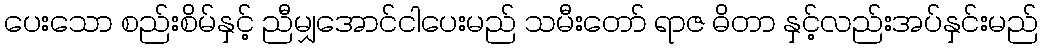
ပေးသော စည်းစိမ်နှင့် ညီမျှအောင်ငါပေးမည် သမီးတော် ရာဇ ဓိတာ နှင့်လည်းအပ်နှင်းမည်